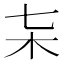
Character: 𣎽